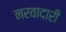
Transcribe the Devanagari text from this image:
नरवादारी